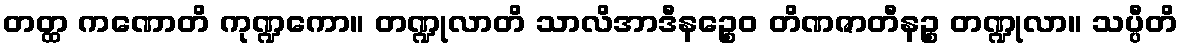
တတ္ထ ကဏောတိ ကုဏ္ဍကော။ တဏ္ဍုလာတိ သာလိအာဒီနဉ္စေဝ တိဏဇာတီနဉ္စ တဏ္ဍုလာ။ သပ္ပီတိ